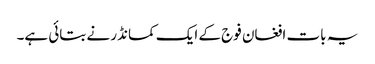
یہ بات افغان فوج کے ایک کمانڈر نے بتائی ہے۔